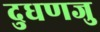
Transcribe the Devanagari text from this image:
दुधणजु